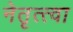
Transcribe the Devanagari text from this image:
नेतृत्त्वा